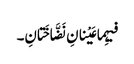
فیہِما عَیْنانِ نَضَّاخَتانِ۔